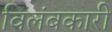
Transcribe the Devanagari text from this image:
विलंबकारी